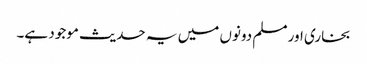
بخاری اور مسلم دونوں میں یہ حدیث موجود ہے۔